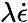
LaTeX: \lambda\dot{\epsilon}